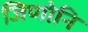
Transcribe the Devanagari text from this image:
जिणोनि